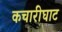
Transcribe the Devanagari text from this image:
कचारीघाट